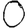
Digit: 0